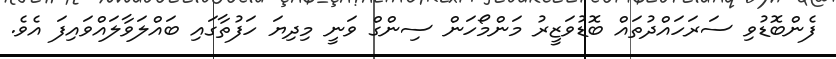
ފެންބޮޑުވި ސަރަހައްދުތައް ބޮޑުވަޒީރު މަންމޯހަން ސިންގް ވަނީ މިދިޔަ ހަފުތާގައި ބައްލަވާލައްވައިފަ އެވެ.